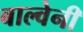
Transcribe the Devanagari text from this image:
बाल्वेनी